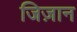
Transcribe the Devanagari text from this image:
जिज़ान